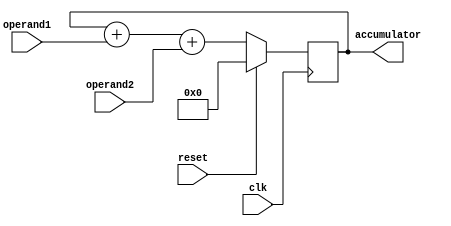
module FixedPointAccumulator (
  input wire clk,
  input wire reset,
  input wire [N-1:0] operand1, // N-bit input operand 1
  input wire [N-1:0] operand2, // N-bit input operand 2
  output reg [N-1:0] accumulator // N-bit output accumulator
);

parameter N = 16; // Number of bits for fixed-point representation

reg [N-1:0] sum;

always @(posedge clk) begin
  if (reset)
    sum <= {N{1'b0}}; // Reset accumulator to 0
  else
    sum <= sum + operand1 + operand2; // Perform fixed-point addition
end

assign accumulator = sum; // Output the accumulated sum

endmodule